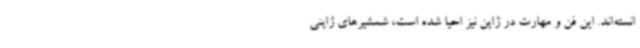
انسته‌اند. این فن و مهارت در ژاپن نیز احیا شده است، شمشیرهای ژاپنی